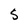
Character: S